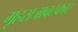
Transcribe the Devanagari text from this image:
गृहसजावटकार